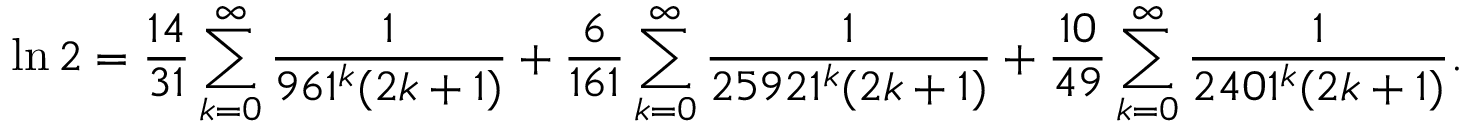
\ln 2 = { \frac { 1 4 } { 3 1 } } \sum _ { k = 0 } ^ { \infty } { \frac { 1 } { 9 6 1 ^ { k } ( 2 k + 1 ) } } + { \frac { 6 } { 1 6 1 } } \sum _ { k = 0 } ^ { \infty } { \frac { 1 } { 2 5 9 2 1 ^ { k } ( 2 k + 1 ) } } + { \frac { 1 0 } { 4 9 } } \sum _ { k = 0 } ^ { \infty } { \frac { 1 } { 2 4 0 1 ^ { k } ( 2 k + 1 ) } } .